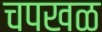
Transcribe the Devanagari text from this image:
चपखळ